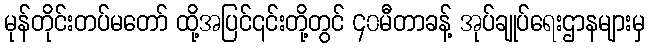
မုန်တိုင်းတပ်မတော် ထို့အပြင်၎င်းတို့တွင် ၄၀မီတာခန့် အုပ်ချုပ်ရေးဌာနများမှ